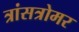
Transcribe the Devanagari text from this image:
त्रांसत्रोमर